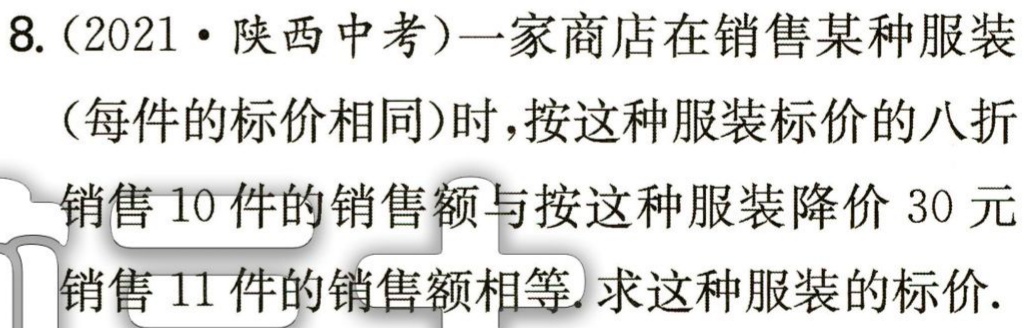
8.（2021·陕西中考）一家商店在销售某种服装（每件的标价相同）时，按这种服装标价的八折销售10件的销售额与按这种服装降价30元销售11件的销售额相等. 求这种服装的标价.